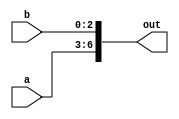
module concat_example(
    input [3:0] a,
    input [2:0] b,
    output [6:0] out
);

assign out = {a, b};

endmodule